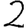
Digit: 2